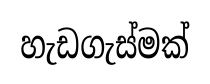
හැඩගැස්මක්